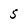
Character: 5